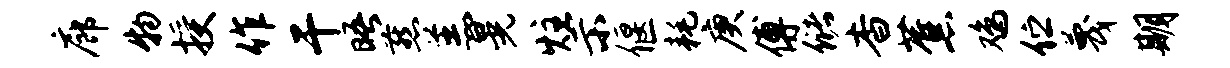
廊物授作干晤燕羔晃炷示偃耗庚傅储杳蕉鸡伫蔑期